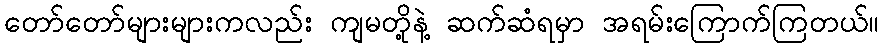
တော်တော်များများကလည်း ကျမတို့နဲ့ ဆက်ဆံရမှာ အရမ်းကြောက်ကြတယ်။